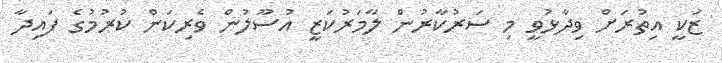
ޒަކީ އިތުރަށް ވިދާޅުވީ މި ސަރުކާރުން ލާމަރުކަޒީ އުސޫލުން ވެރިކަން ކުރުމުގެ ފައިދާ